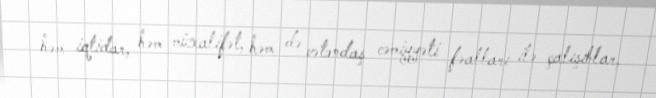
həm iqtidar, həm müxalifət, həm də vətəndaş cəmiyyəti fəalları ilə çalışıblar,